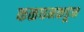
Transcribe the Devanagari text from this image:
कळघमकडून